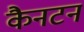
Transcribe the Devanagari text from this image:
कैनटन